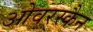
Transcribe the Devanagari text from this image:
ओवरस्कैन